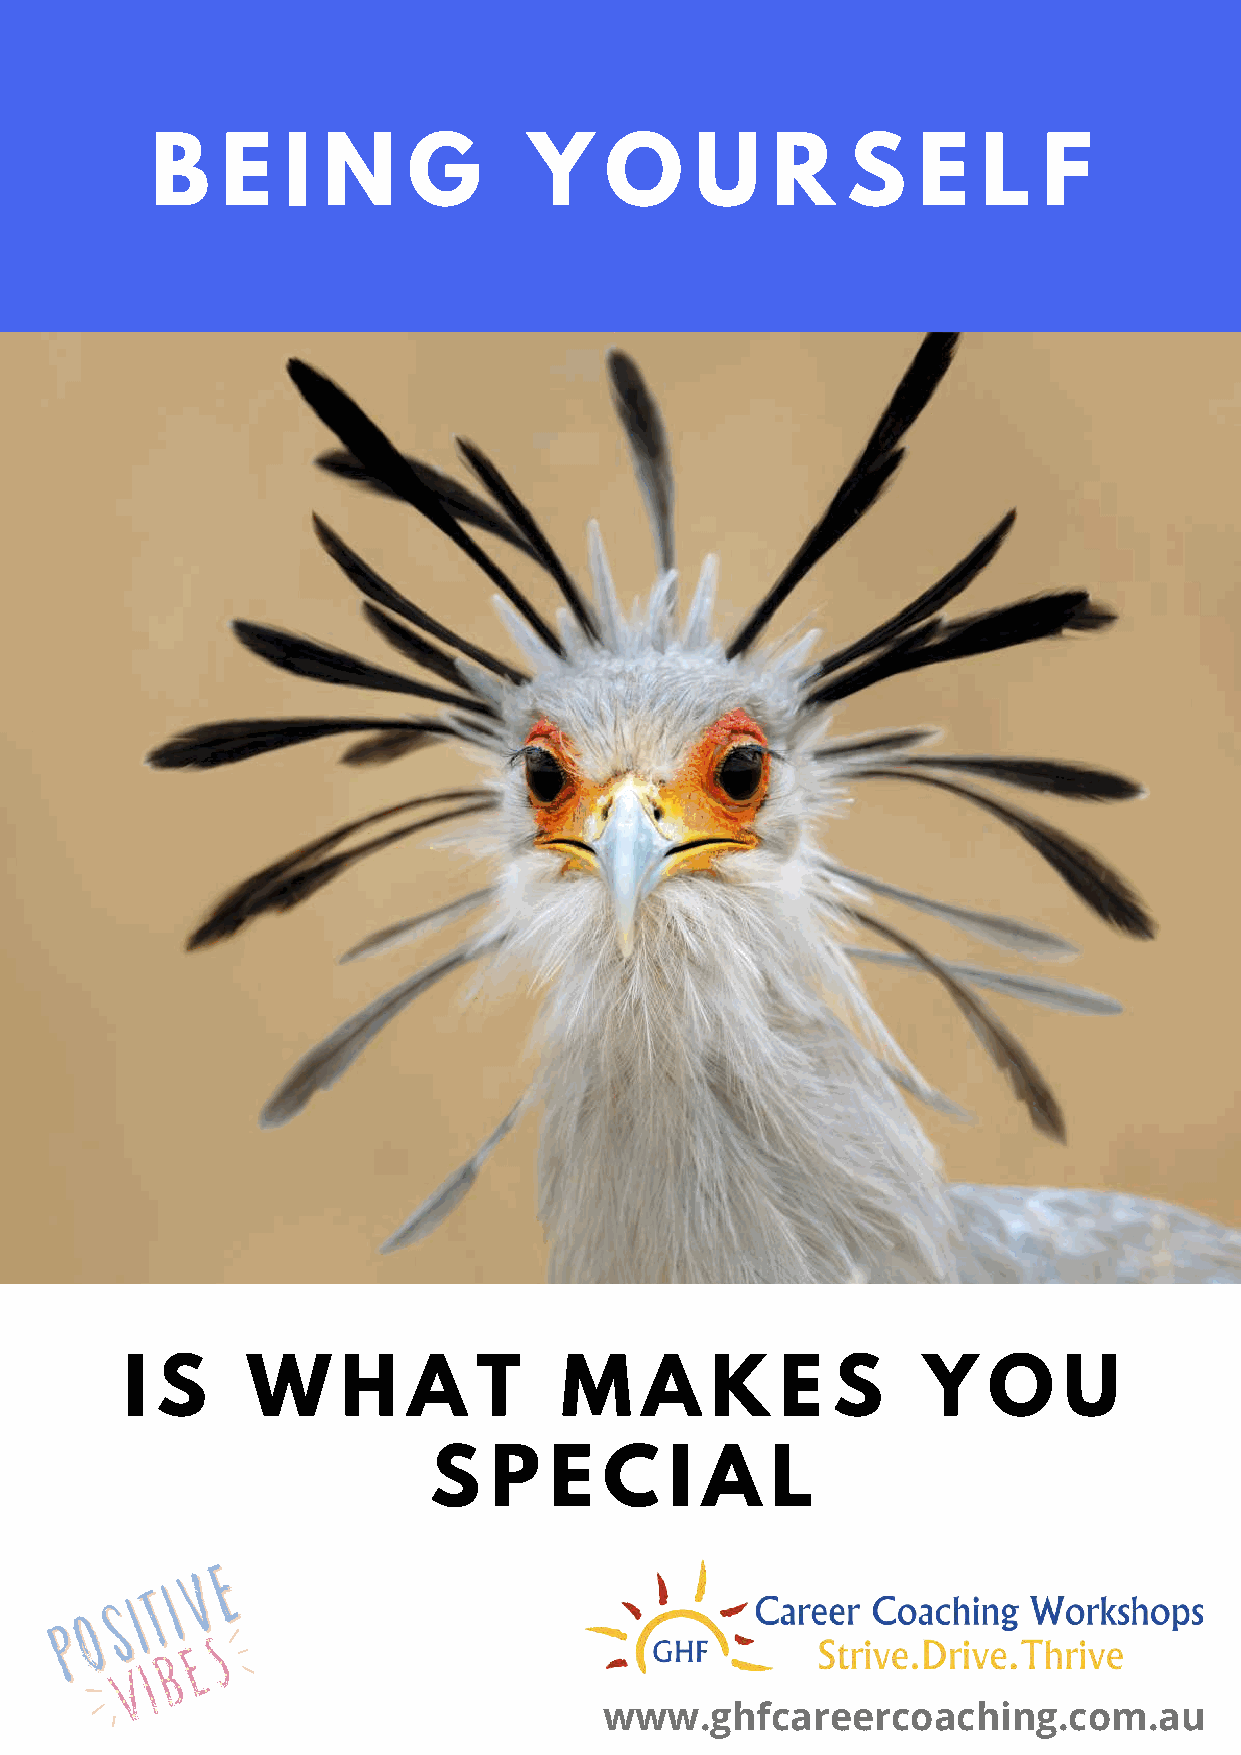
B    E   I N     G       Y    O     U    R    S    E   L   F
 I S     W      H   A    T    M    A    K    E  S     Y   O    U
 S   P   E   C   I A    L
 www.ghfcareercoaching.com.au